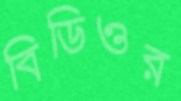
বিডিওর